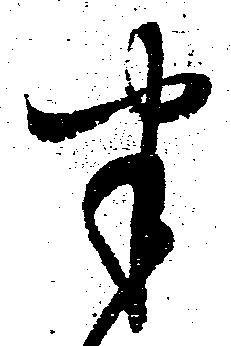
半